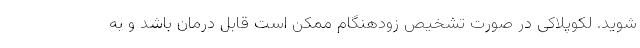
شوید. لکوپلاکی در صورت تشخیص زودهنگام ممکن است قابل درمان باشد و به